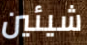
شيئين